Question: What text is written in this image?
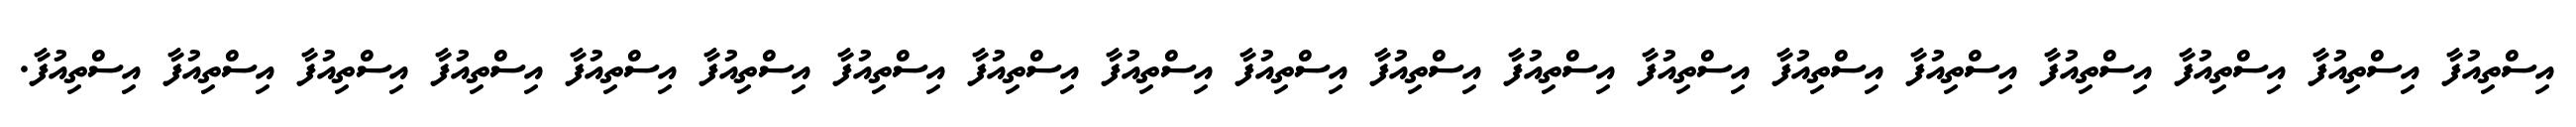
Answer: އިސްތިއުފާ އިސްތިއުފާ އިސްތިއުފާ އިސްތިއުފާ އިސްތިއުފާ އިސްތިއުފާ އިސްތިއުފާ އިސްތިއުފާ އިސްތިއުފާ އިސްތިއުފާ އިސްތިއުފާ އިސްތިއުފާ އިސްތިއުފާ އިސްތިއުފާ އިސްތިއުފާ އިސްތިއުފާ އިސްތިއުފާ އިސްތިއުފާ އިސްތިއުފާ.